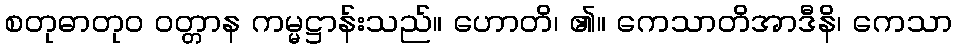
စတုဓာတုဝ ဝတ္တာန ကမ္မဋ္ဌာန်းသည်။ ဟောတိ၊ ၏။ ကေသာတိအာဒီနိ၊ ကေသာ